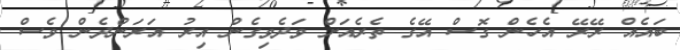
ބައެއް ރޭރޭ އެހެން ގޮސް އޭގެ ތެރެއަށް ވަދެވިގެން އިރު އަރަންދެން ވެސް